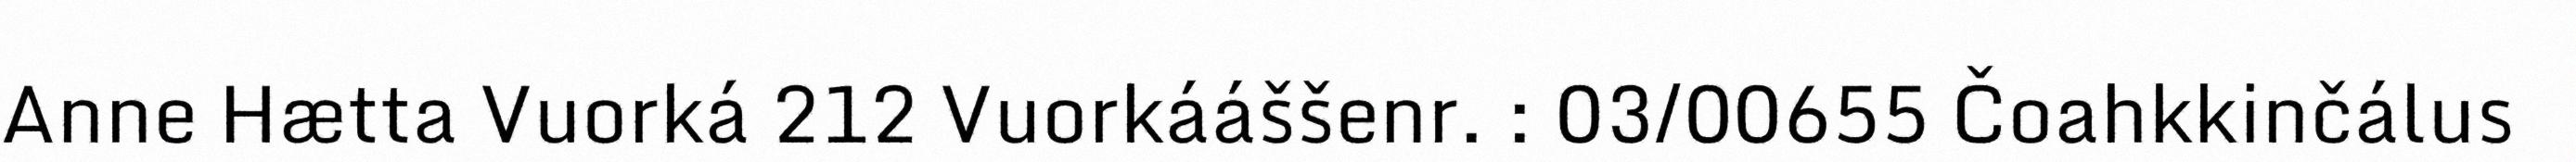
Anne Hætta Vuorká 212 Vuorkááššenr. : 03/00655 Čoahkkinčálus